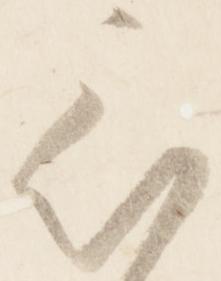
被